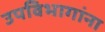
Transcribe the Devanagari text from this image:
उपविभागांना